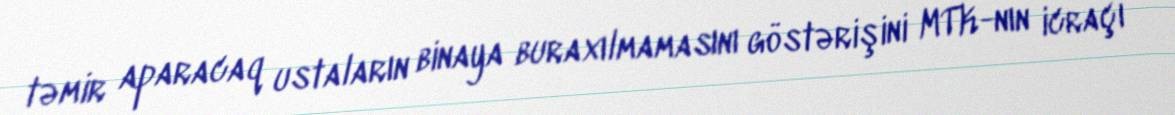
təmir aparacaq ustaların binaya buraxılmamasını göstərişini MTK-nın icraçı